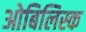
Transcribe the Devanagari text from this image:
ओबिलिस्क